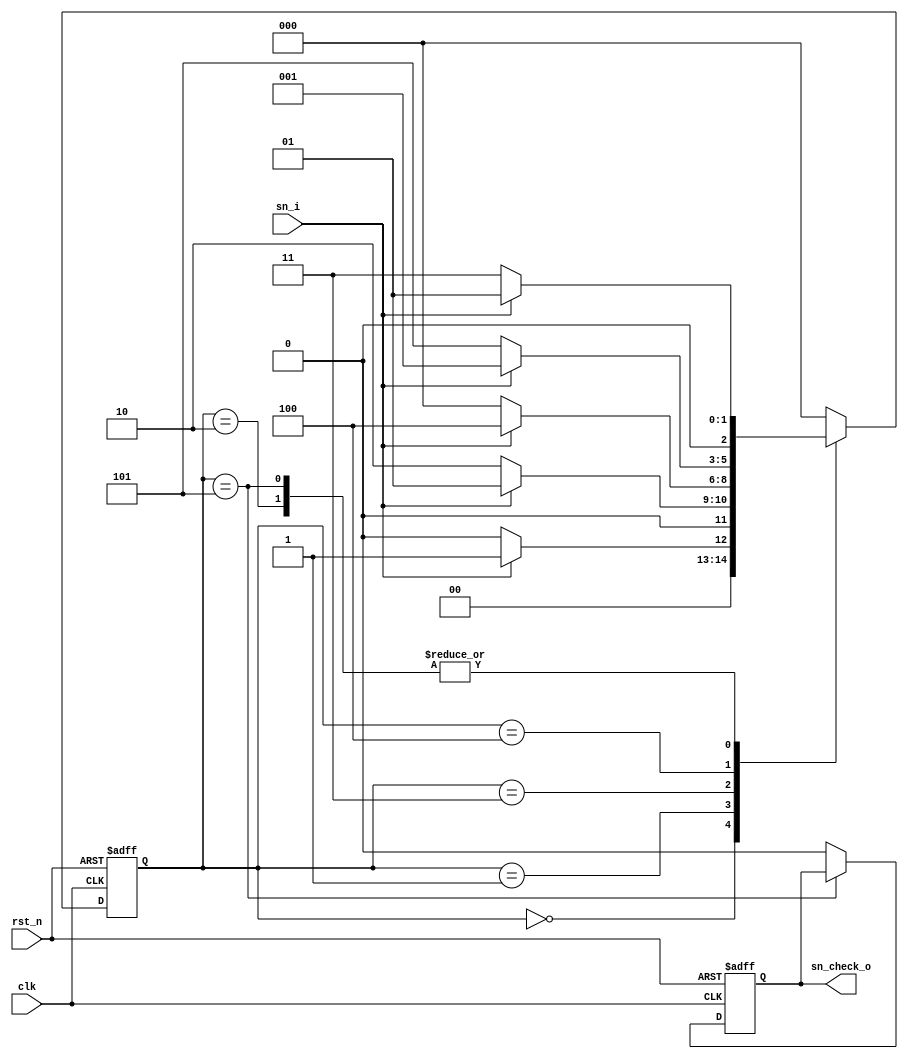
module sn_detector (
  input       rst_n,
  input       clk,
  input       sn_i,
  output reg  sn_check_o 
				  ) ;

 reg   [2:0]     curr_state ;
 reg   [2:0]     Next_state ;
 
parameter		  st_idle  = 3'd0,					//Ӧԭʼ״̬ 
         			st_1     = 3'd1,					//Ӧʼ״̬1 
  		        st_10    = 3'd2,					//Ӧм״̬10 
  		        st_100   = 3'd3,					//Ӧм״̬100
  		        st_1001  = 3'd4,					//Ӧм״̬1001
              st_10010 = 3'd5;

//һ֣next_state߼
always @(*)
begin
  case(curr_state)
   st_idle:
     if (sn_i==1)
       Next_state = st_1; 
     else
       Next_state = st_idle;  
   st_1:
     if (sn_i==0)
       Next_state = st_10; 
     else
       Next_state = st_1;    
   st_10:
     if (sn_i==0)
       Next_state = st_100; 
     else
       Next_state = st_1;  
   st_100:
     if (sn_i==1)
       Next_state = st_1001; 
     else
       Next_state = st_idle;    
   st_1001:
     if (sn_i==1)
       Next_state = st_1; 
     else
       Next_state = st_10010;
   st_10010:
     if (sn_i==1)
       Next_state = st_1; 
     else
       Next_state = st_100;        
   default:
       Next_state = st_idle;    //ȱʡֵ
  endcase
end
 
//ڶ֣curr_stateʱ߼֣D
always @(posedge clk or negedge rst_n)
begin
  if (!rst_n)
    curr_state <= 0;
  else
    curr_state <= Next_state;
end  
 
//֣sn_check_o߼DΪһʱ߼always䡣 
always @(posedge clk or negedge rst_n)
begin
    if(!rst_n)   
	  sn_check_o <= 1'b0;
	else if(curr_state==st_10010)
	  sn_checko <= 1'b1;
	else
	  sn_check_o <= 1'b0;
end

endmodule